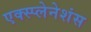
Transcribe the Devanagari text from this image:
एक्स्प्लेनेशंस